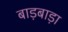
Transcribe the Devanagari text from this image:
बाड़बाड़ा